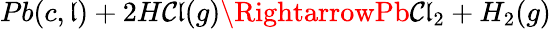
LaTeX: Pb(c,\mathfrak{l})+2H\mathcal{C}\mathfrak{l}(g)\RightarrowPb\mathcal{C}\mathfrak{l}_{2}+H_{2}(g)